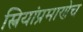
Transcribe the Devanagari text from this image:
स्त्रियांप्रमाणेच